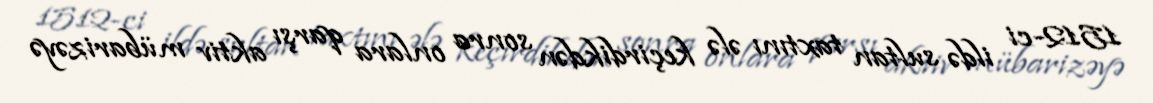
1512-ci ildə sultan taxtını ələ keçirdikdən sonra onlara qarşı aktiv mübarizəyə